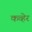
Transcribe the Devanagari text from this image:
कव्हेर